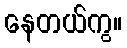
နေတယ်ကွ။